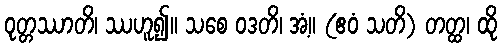
ဝုတ္တဿာတိ၊ ဿဟူ၍။ သစေ ဝဒတိ၊ အံ့။ (ဧဝံ သတိ) တတ္ထ၊ ထို